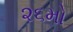
૨૬મો